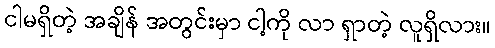
ငါမရှိတဲ့ အချိန် အတွင်းမှာ ငါ့ကို လာ ရှာတဲ့ လူရှိလား။